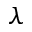
\lambda